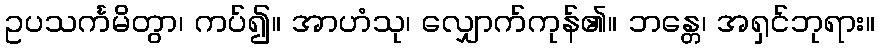
ဥပသင်္ကမိတွာ၊ ကပ်၍။ အာဟံသု၊ လျှောက်ကုန်၏။ ဘန္တေ၊ အရှင်ဘုရား။